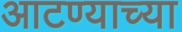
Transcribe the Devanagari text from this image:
आटण्याच्या